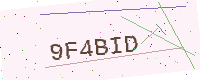
Text: 9F4BID